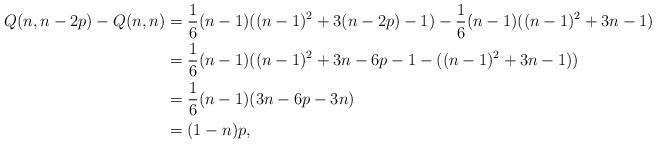
LaTeX: \begin{align*}Q(n,n-2p) - Q(n,n) &= \frac{1}{6}(n-1)((n-1)^2 + 3(n-2p) - 1) - \frac{1}{6}(n-1)((n-1)^2 + 3n -1) \\&= \frac{1}{6}(n-1)((n-1)^2 +3n-6p-1 -((n-1)^2 +3n-1)) \\&= \frac{1}{6}(n-1)(3n -6p - 3n) \\&= (1-n)p,\end{align*}